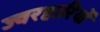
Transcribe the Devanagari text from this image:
ज्वरहारियों